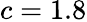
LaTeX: c=1.8